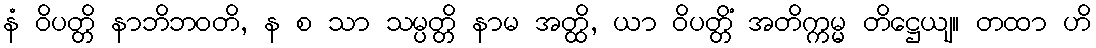
နံ ဝိပတ္တိ နာဘိဘဝတိ, န စ သာ သမ္ပတ္တိ နာမ အတ္ထိ, ယာ ဝိပတ္တိံ အတိက္ကမ္မ တိဋ္ဌေယျ။ တထာ ဟိ